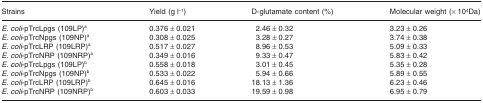
<table><thead><tr><td><b>Strains</b></td><td><b>Yield (g l<sup>−1</sup>)</b></td><td><b>D-glutamate content (%)</b></td><td><b>Molecular weight (× 10<sup>4</sup>Da)</b></td></tr></thead><tbody><tr><td><i>E. coli</i>-pTrcLpgs (109LP)a</td><td>0.376 ± 0.021</td><td>2.46 ± 0.32</td><td>3.23 ± 0.26</td></tr><tr><td><i>E. coli</i>-pTrcNpgs (109NP)a</td><td>0.308 ± 0.025</td><td>3.28 ± 0.27</td><td>3.74 ± 0.38</td></tr><tr><td><i>E. coli</i>-pTrcLRP (109LRP)a</td><td>0.517 ± 0.027</td><td>8.96 ± 0.53</td><td>5.09 ± 0.33</td></tr><tr><td><i>E. coli</i>-pTrcNRP (109NRP)a</td><td>0.349 ± 0.016</td><td>9.33 ± 0.47</td><td>5.83 ± 0.42</td></tr><tr><td><i>E. coli</i>-pTrcLpgs (109LP)b</td><td>0.558 ± 0.018</td><td>3.01 ± 0.45</td><td>5.35 ± 0.28</td></tr><tr><td><i>E. coli</i>-pTrcNpgs (109NP)b</td><td>0.533 ± 0.022</td><td>5.94 ± 0.66</td><td>5.89 ± 0.55</td></tr><tr><td><i>E. coli</i>-pTrcLRP (109LRP)b</td><td>0.645 ± 0.016</td><td>18.13 ± 1.36</td><td>6.23 ± 0.46</td></tr><tr><td><i>E. coli</i>-pTrcNRP (109NRP)b</td><td>0.603 ± 0.033</td><td>19.59 ± 0.98</td><td>6.95 ± 0.79</td></tr></tbody></table>